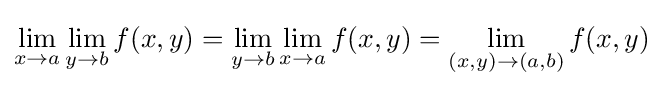
\lim _{x\to a}\lim _{y\to b}f(x,y)=\lim _{y\to b}\lim _{x\to a}f(x,y)=\lim _{(x,y)\to (a,b)}f(x,y)